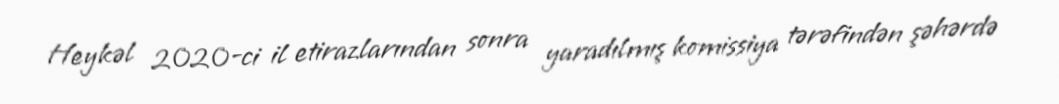
Heykəl 2020-ci il etirazlarından sonra yaradılmış komissiya tərəfindən şəhərdə